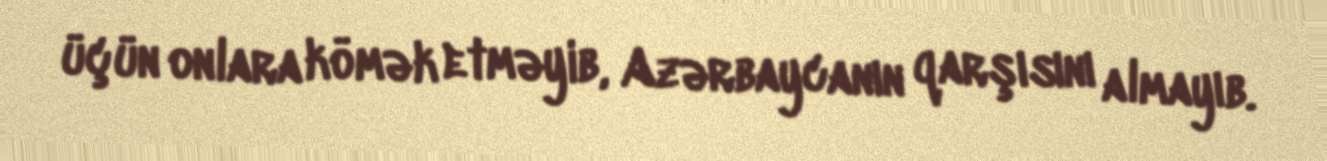
üçün onlara kömək etməyib, Azərbaycanın qarşısını almayıb.